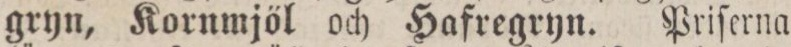
gryn, Kornmjöl och Hafregryn. Priſerna